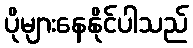
ပိုများနေနိုင်ပါသည်